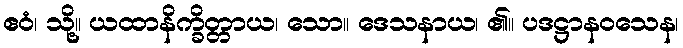
ဧဝံ၊ သို့။ ယထာနိက္ခိတ္တာယ၊ သော။ ဒေသနာယ၊ ၏။ ပဒဋ္ဌာနဝသေန၊